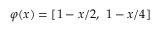
\varphi ( x ) = [ 1 - x / 2 , ~ 1 - x / 4 ]